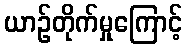
ယာဉ်တိုက်မှုကြောင့်